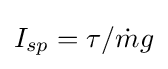
I_{sp}=\tau /{\dot {m}}g